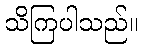
သိကြပါသည်။